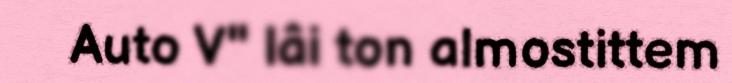
Auto V" lâi ton almostittem